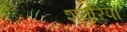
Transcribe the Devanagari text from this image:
शवरिपा